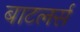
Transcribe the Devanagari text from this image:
बाटलर्स